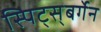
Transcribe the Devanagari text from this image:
स्पिट्स्‌बर्गेन